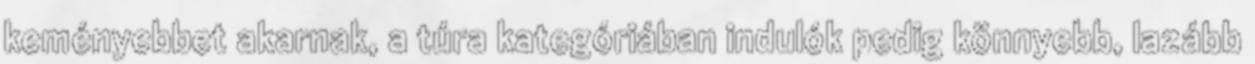
keményebbet akarnak, a túra kategóriában indulók pedig könnyebb, lazább